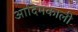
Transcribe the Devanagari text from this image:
आदिमकाली